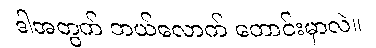
ဒါအတွက် ဘယ်လောက် တောင်းမှာလဲ။